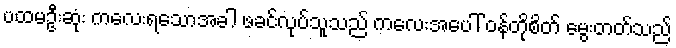
ပထမဦးဆုံး ကလေးရသောအခါ ဖခင်လုပ်သူသည် ကလေးအပေါ် ဝန်တိုစိတ် မွေးတတ်သည်